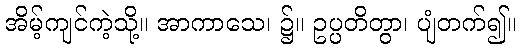
အိမ့်ကျင်ကဲ့သို့။ အာကာသေ၊ ၌။ ဥပ္ပတိတွာ၊ ပျံတက်၍။